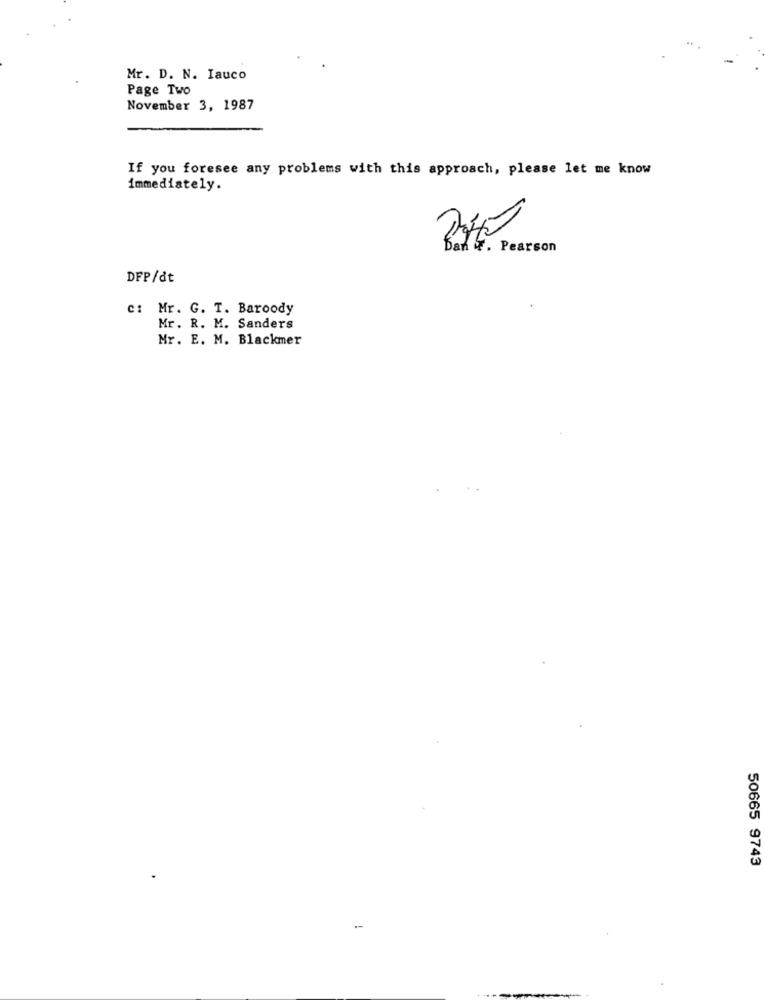
Mr. D. N. Iauco
Page Two
November 3, 1987
If you foresee any problems with this approach, please let me know
immediately.
Ban &. Pearson
DFP/dt
c: Mr. G. T. Baroody
Mr. R. M. Sanders
Mr. E. M. Blackmer
50665 9743